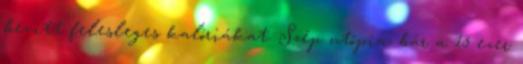
bevitt felesleges kalóriákat. Szép utópia, bár a 15 ezer